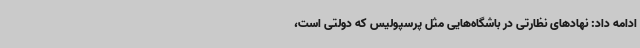
ادامه داد: نهادهای نظارتی در باشگاه‌هایی مثل پرسپولیس که دولتی است،